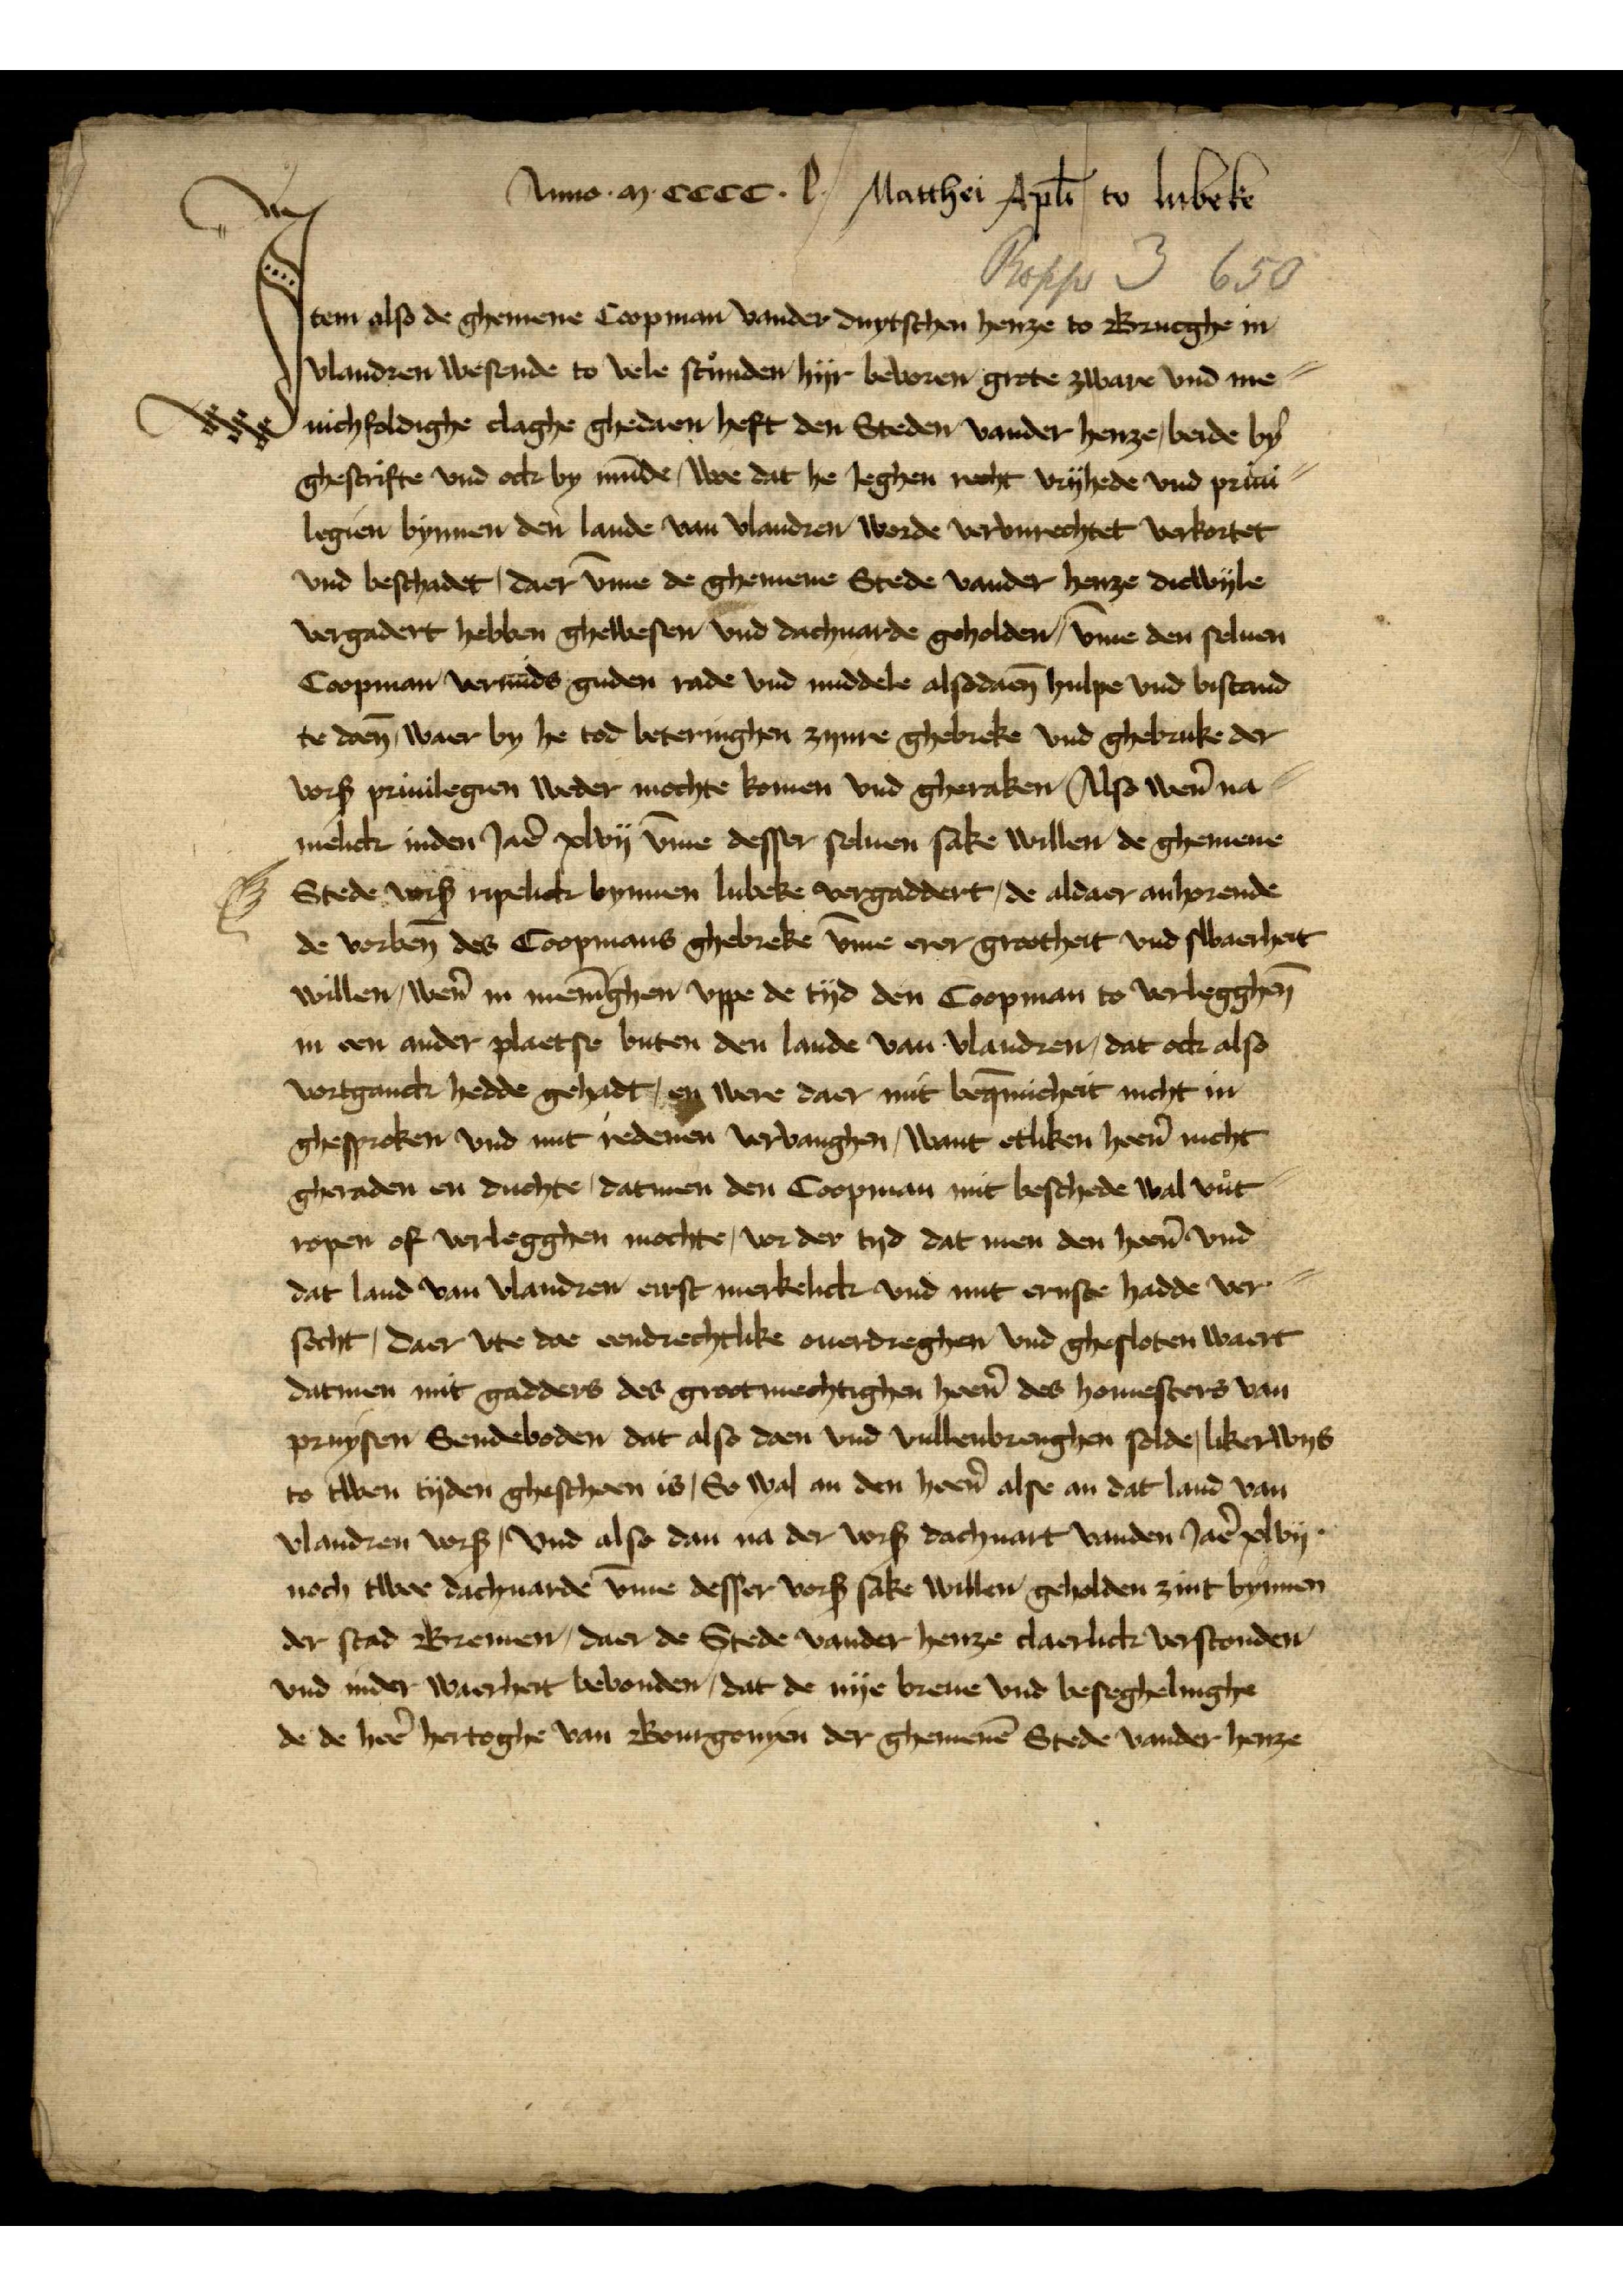
J

Anno m cccc l Matthei Aplī to Lubeke
Jtem also de ghemene Coopman vander duytschen henze to Brucge in
Vlandren wesende to vele stunden hijr bevoren grote zware vnd me-
nichfoldighe clage ghedaen heft den Steden vander henze, beide by
gescrifte vnd oc by mūde, we dat he Jeghen recht vrijhede vnd priui¬ 
legien bynnen den lande van Vlandren worde vorvnrechtet verkortet
vnd beschadet, daer v̄me de ghemene Stede vander henze diewijle
vergadert hebben ghewesen vnd dachuarde geholden, v̄me den seluen 
Coopman vermids guden rade vnd middele alsodaen̄ hulpe vnd bistand 
te doen̄, waer by he tod beteringhen zynre gebreke vnd gebruke der
vorß priuilegien weder mochte komen vnd gheraken Also wẻn na¬ 
melick inden Jaẻ xlvij v̄me desser seluen sake willen de ghemene 
Stede vorß ripelick bynnen Lubeke vergaddert, de aldaer anhorende
de vorben̄ des Coopmans ghebreke v̄me erer grootheit vnd swaerheit 
wilen, wẻn in menīgen vppe de tijd den Coopman to verlegghen̄ 
in een ander plaetse buten den lande van Vlandren, dat ock also
vortganck hedde gehadt, en were daer mit beq̄micheit nicht in
gesproken vnd mit redenen vervanghen, want etliken heẻrn nicht 
geraden en duchte, datmen den Coopman mit beschede wal vnt
ropen of verleggen mochte, vor der tyd dat men den heẻn vnd
dat land van Vlandren eirst merkelick vnd mit ernste hadde ver¬
socht, daer vte doe eendrechtlike ouerdreghen vnd ghesloten waert
datmen mit gadders des grootmechtighen heẻn des homesters van
Pruysen Sendeboden dat also doen vnd vullenbrengen solde, likerwys
to twen tijden gescheen is, So wal an den heẻn alse an dat land van 
Vlandren vorß, vnd also dan na der vorß dacuart vanden Jaẻ xlvij 
noch twee dacuarde v̄me desser vorß sake willen geholden zint bynnen 
der stad Bremen, daer de Stede vander henze claerlick verstonden
vnd inder waerheit bevonden, dat de nije breue vnd beseghelinghe
de de heẻ hertoghe van Bourgonyen der ghemenē Stede vander henze